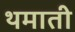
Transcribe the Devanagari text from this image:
थमाती